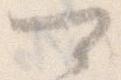
可